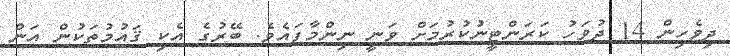
ދިވެހިން 14 ދުވަހު ކަރަންޓީނުކުރުމަށް ވަނީ ނިންމާފައެވެ. ބޭރުގެ އެކި ޤައުމުތަކުން އަން